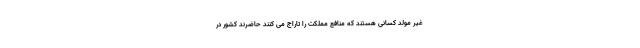
غیر مولد کسانی هستند که منافع مملکت را تاراج می کنند حاضرند کشور در